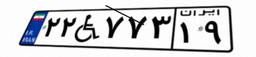
۲۲W۷۷۳۱۹